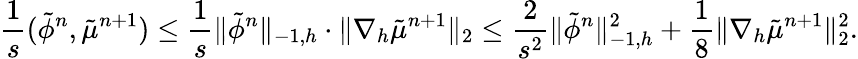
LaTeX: \frac{1}{s}(\tilde{\phi}^{n},\tilde{\mu}^{n+1})\leq\frac{1}{s}\| \tilde{\phi}^{n}\| _{-1,h}\cdot\| \nabla_{h}\tilde{\mu}^{n+1}\| _{2}\leq\frac{2}{s^{2}}\| \tilde{\phi}^{n}\| _{-1,h}^{2}+\frac{1}{8}\| \nabla_{h}\tilde{\mu}^{n+1}\| _{2}^{2}.